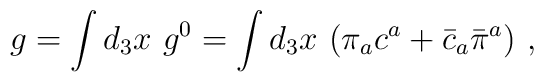
g = \int d_{3} x ~g^{0} = \int d_{3} x~ (\pi_{a} c^{a} +\bar{c}_{a} \bar{\pi}^{a})~,